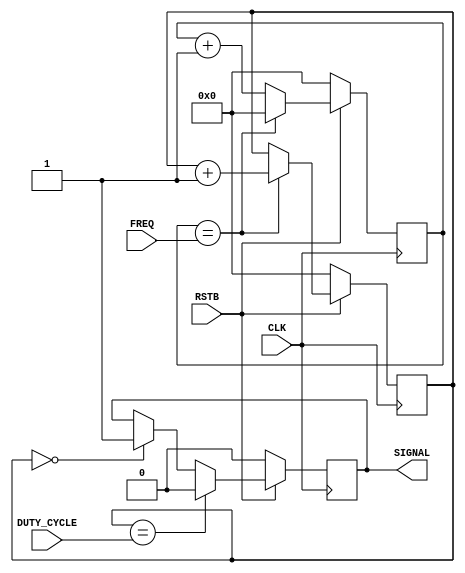
`timescale 1ns / 1ps
`default_nettype none

///////////////////////////////////////////////////////////////////////////////
// 
// Module Name:  pulse_width_modulator
// Description:  A pulse-width modulator unit that allows both the frequency
//               and duty cycle of the generated signal to be configured
//               independently.
//
///////////////////////////////////////////////////////////////////////////////

module pulse_width_modulator(CLK,RSTB,FREQ,DUTY_CYCLE,SIGNAL);
	input  wire CLK;              // The clock signal
	input  wire RSTB;             // Active-low reset signal
	input  wire [7:0] FREQ;       // Number of cycles per wave, multiple of 256
	input  wire [7:0] DUTY_CYCLE; // Length of duty cycle: 0=0%, 255=100%
   output reg SIGNAL;            // The signal as configured above
   
   // An internal counter running from 0 to the end of the 256-wave
   reg [7:0] counter;
   // An internal counter that goes from 0 to FREQ, allowing counter
   // to increment at different intervals.
   reg [7:0] freq_counter;
   
   always @(posedge(CLK)) begin
      if (~RSTB) begin
         SIGNAL <= 1'b0;
         counter <= 8'b0;
         freq_counter <= 8'b0;
      end else begin
         // Always set the signal to 1 when counter reaches 0
         if (counter == 8'b0) begin
            SIGNAL <= 1'b1;
         end
         // Once the counter reaches the shutoff point, set the
         // output signal to 0 immediately. Don't set the counter
         // to zero though -- the "off" portion of the cycle must
         // still be gone through. The counter will eventually
         // overflow to zero, starting the "up" of the next wave.
         if (counter == DUTY_CYCLE) begin
            SIGNAL <= 8'b0;
         end
         if (freq_counter == FREQ) begin
            freq_counter <= 8'b0;
            counter <= counter + 8'b1;
         end else begin
            freq_counter <= freq_counter + 8'b1;
         end
      end
   end

endmodule
`default_nettype wire